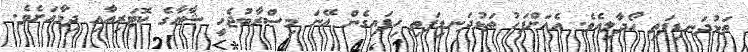
ތަޅުދަނޑިފަތި ހޯދާލިއެވެ. އެއަށްފަހު ތަޅުދަނޑިފަތި ހިފައިގެން އޭނަ މިސްރާބުޖެހީ ޝާޢާގެ ކޮޓަރިއާއި ދިމާއަށެވެ.